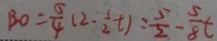
B O = \frac { 5 } { 4 } ( 2 - \frac { 1 } { 2 } t ) = \frac { 5 } { 2 } - \frac { 5 } { 8 } t